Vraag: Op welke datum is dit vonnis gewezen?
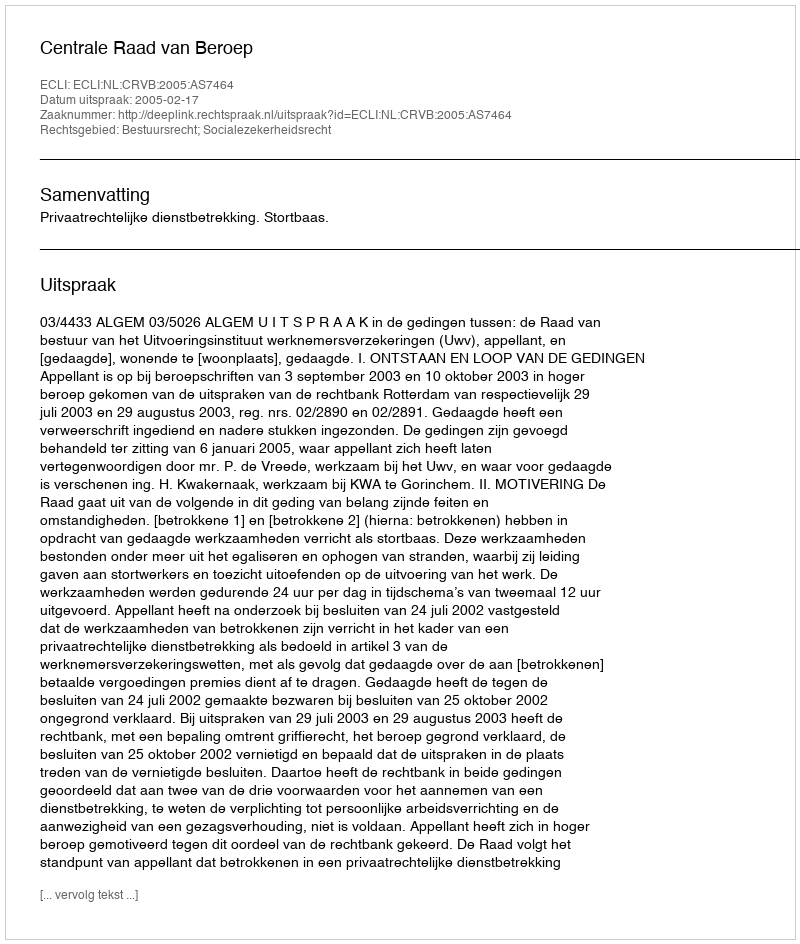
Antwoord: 2005-02-17